Annual administration report of the Civil Veterinary Department of India - 1898-1899
Year: 1898
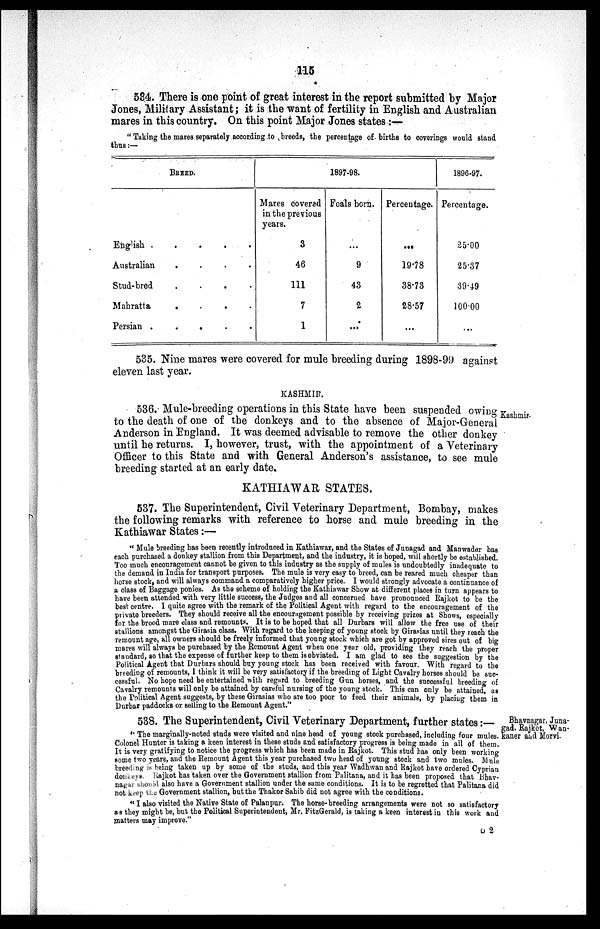
115
534. There is one point of great interest in the report submitted by Major
Jones, Military Assistant; it is the want of fertility in English and Australian
mares in this country. On this point Major Jones states :—
"Taking the mares separately according to breeds, the percentage of births to coverings would stand
thus:—
BREED.
English . . . . .
Australian . . . .
Stud-bred . . . .
Mahratta . . . .
Persian
.
.
.
.
.
1897-98.
Mares covered
in the previous
years.
3
46
111
7
1
Foals born.
...
9
43
2
...
Percentage.
...
19.78
38.73
28.57
...
1896-97.
Percentage.
25.00
25.37
39.19
100.00
...
535. Nine mares were covered for mule breeding during 1898-99 against
eleven last year.
KASHMIR.
Kashmir.
536. Mule-breeding operations in this State have been suspended owing
to the death of one of the donkeys and to the absence of Major-General
Anderson in England. It was deemed advisable to remove the other donkey
until he returns. I, however, trust, with the appointment of a Veterinary
Officer to this State and with General Anderson's assistance, to see mule
breeding started at an early date.
KATHIAWAR STATES.
537. The Superintendent, Civil Veterinary Department, Bombay, makes
the following remarks with reference to horse and mule breeding in the
Kathiawar States:—
"Mule breeding has been recently introduced in Kathiawar, and the States of Junagad and Manwader has
each purchased a donkey stallion from this Department, and the industry, it is hoped, will shortly be established.
Too much encouragement cannot be given to this industry as the supply of mules is undoubtedly inadequate to
the demand in India for transport purposes. The mule is very easy to breed, can be reared much cheaper than
horse stock, and will always command a comparatively higher price. I would strongly advocate a continuance of
a class of Baggage ponies. As the scheme of holding the Kathiawar Show at different places in turn appears to
have been attended with very little success, the Judges and all concerned have pronounced Rajkot to be the
best centre. I quite agree with the remark of the Political Agent with regard to the encouragement of the
private breeders. They should receive all the encouragement possible by receiving prizes at Shows, especially
for the brood mare class and remounts. It is to be hoped that all Durbars will allow the free use of their
stallions amongst the Girasia class. With regard to the keeping of young stock by Girasias until they reach the
remount age, all owners should be freely informed that young stock which are got by approved sires out of big
mares will always be purchased by the Remount Agent when one year old, providing they reach the proper
standard, so that the expense of further keep to them is obviated. I am glad to see the suggestion by the
Political Agent that Durbars should buy young stock has been received with favour. With regard to the
breeding of remounts, I think it will be very satisfactory if the breeding of Light Cavalry horses should be suc-
cessful. No hope need be entertained with regard to breeding Gun horses, and the successful breeding of
Cavalry remounts will only be attained by careful nursing of the young stock. This can only be attained, as
the Political Agent suggests, by these Girasias who are too poor to feed their animals, by placing them in
Durbar paddocks or selling to the Remount Agent."
Bhavnagar, Juna-
gad. Rajkot, Wan-
kaner and Morvi.
538. The Superintendent, Civil Veterinary Department, further states:—
"The marginally-noted studs were visited and nine head of young stock purchased, including four mules.
Colonel Hunter is taking a keen interest in these studs and satisfactory progress is being made in all of them.
It is very gratifying to notice the progress which has been made in Rajkot. This stud has only been working
some two years, and the Remount Agent this year purchased two head of young stock and two mules. Mule
breeding is being taken up by some of the studs, and this year Wadhwan and Rajkot have ordered Cyprian
donkeys. Rajkot has taken over the Government stallion from Palitana, and it has been proposed that Bhav-
nagar should also have a Government stallion under the same conditions. It is to be regretted that Palitana did
not keep the Government stallion, but the Thakor Sahib did not agree with the conditions.
"I also visited the Native State of Palanpur. The horse-breeding arrangements were not so satisfactory
as they might be, but the Political Superintendent, Mr. FitzGerald, is taking a keen interest in this work and
matters may improve."
O 2